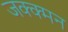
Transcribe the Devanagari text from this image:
जक्क्मन